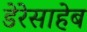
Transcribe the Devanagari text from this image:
डेरेसाहेब